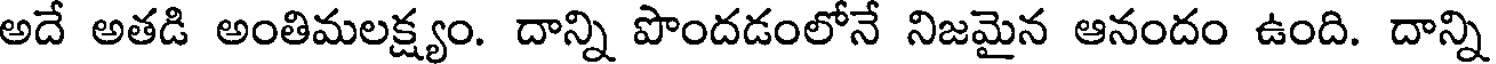
అదే అతడి అంతిమలక్ష్యం. దాన్ని పొందడంలోనే నిజమైన ఆనందం ఉంది. దాన్ని